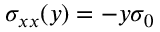
\sigma _ { x x } ( y ) = - y \sigma _ { 0 }